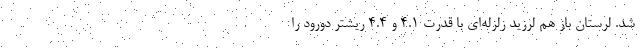
شد. لرستان باز هم لرزید زلزله‌ای با قدرت ۴.۱ و ۴.۴ ریشتر دورود را